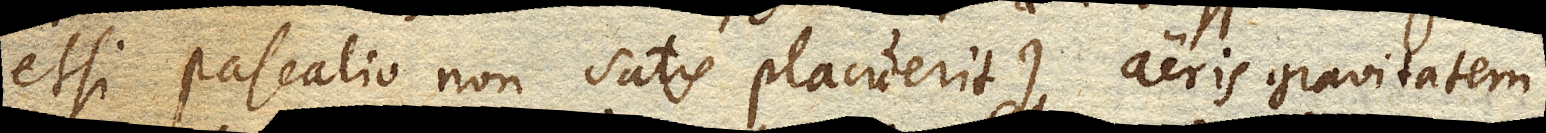
etsi Pascalio non satis placuerit) aeris gravitatem